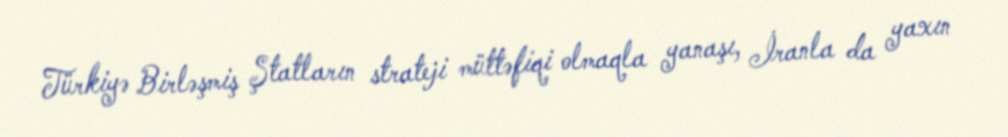
Türkiyə Birləşmiş Ştatların strateji müttəfiqi olmaqla yanaşı, İranla da yaxın